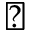
\diagdown